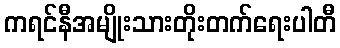
ကရင်နီအမျိုးသားတိုးတက်ရေးပါတီ